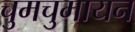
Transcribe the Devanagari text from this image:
चुमचुमायन